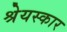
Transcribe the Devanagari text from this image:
श्रेयस्कार